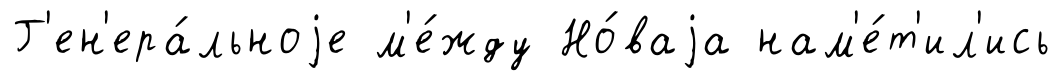
Г'ен'ера́льноjе м'е́жду Но́ваjа нам'е́т'ил'ись